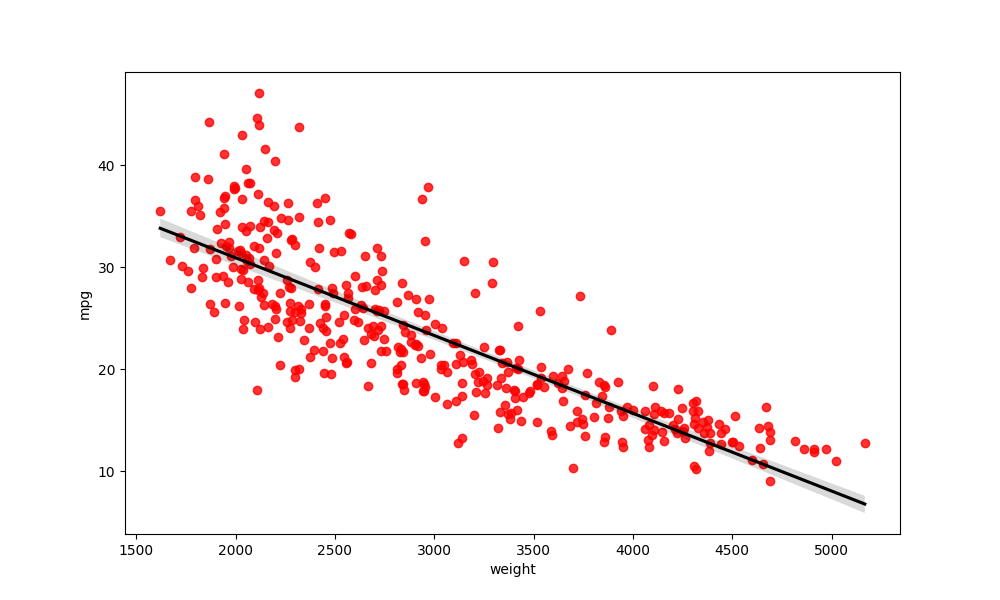
python, seaborn, regplot, order=1, ci=95, scatter_color=red, line_color=black